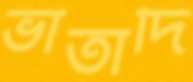
ভাতাদি